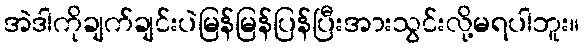
အဲဒါကိုချက်ချင်းပဲမြန်မြန်ပြန်ပြီးအားသွင်းလို့မရပါဘူး။